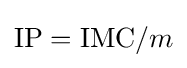
\mathrm {IP} ={\text{IMC}}/m